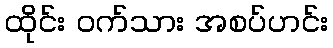
ထိုင်း ဝက်သား အစပ်ဟင်း